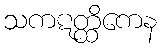
သကဋတ္ထိကေန